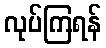
လုပ်ကြရန်